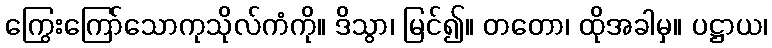
ကြွေးကြော်သောကုသိုလ်ကံကို။ ဒိသွာ၊ မြင်၍။ တတော၊ ထိုအခါမှ။ ပဋ္ဌာယ၊